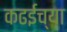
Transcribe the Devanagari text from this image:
कढईच्या